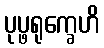
ပုပ္ဖရုက္ခေဟိ